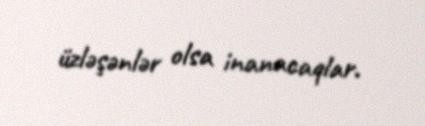
üzləşənlər olsa inanacaqlar.